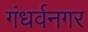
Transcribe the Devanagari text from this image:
गंधर्वनगर